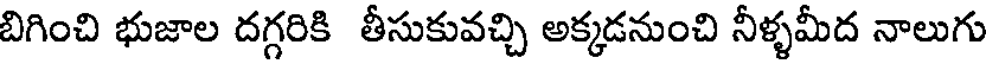
బిగించి భుజాల దగ్గరికి తీసుకువచ్చి అక్కడనుంచి నీళ్ళమీద నాలుగు